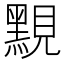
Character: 𪑈